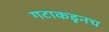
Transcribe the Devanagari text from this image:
गटाकडूनच